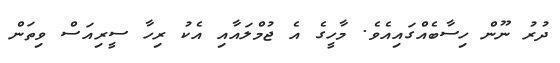
ދުރު ނޫން ހިސާބެއްގައިއެވެ. މާހީގެ އެ ޖުމްލައާއި އެކު ރިހާ ސީރިއަސް ވިތަން